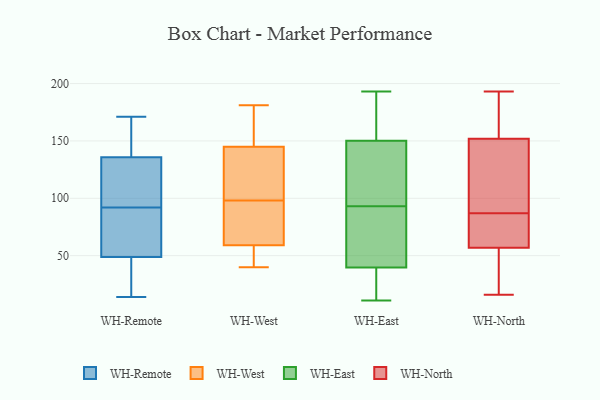
{"axis": {"x": "Headcount", "y": "Value"}, "legend": ["WH-East", "WH-North", "WH-Remote", "WH-West"], "data": [{"x": "", "y": 28, "type": "WH-Remote"}, {"x": "", "y": 146, "type": "WH-Remote"}, {"x": "", "y": 48, "type": "WH-Remote"}, {"x": "", "y": 139, "type": "WH-Remote"}, {"x": "", "y": 101, "type": "WH-Remote"}, {"x": "", "y": 64, "type": "WH-Remote"}, {"x": "", "y": 149, "type": "WH-Remote"}, {"x": "", "y": 86, "type": "WH-Remote"}, {"x": "", "y": 30, "type": "WH-Remote"}, {"x": "", "y": 43, "type": "WH-Remote"}, {"x": "", "y": 92, "type": "WH-Remote"}, {"x": "", "y": 96, "type": "WH-Remote"}, {"x": "", "y": 51, "type": "WH-Remote"}, {"x": "", "y": 137, "type": "WH-Remote"}, {"x": "", "y": 132, "type": "WH-Remote"}, {"x": "", "y": 95, "type": "WH-Remote"}, {"x": "", "y": 171, "type": "WH-Remote"}, {"x": "", "y": 14, "type": "WH-Remote"}, {"x": "", "y": 53, "type": "WH-Remote"}, {"x": "", "y": 89, "type": "WH-West"}, {"x": "", "y": 97, "type": "WH-West"}, {"x": "", "y": 181, "type": "WH-West"}, {"x": "", "y": 145, "type": "WH-West"}, {"x": "", "y": 59, "type": "WH-West"}, {"x": "", "y": 40, "type": "WH-West"}, {"x": "", "y": 100, "type": "WH-West"}, {"x": "", "y": 59, "type": "WH-West"}, {"x": "", "y": 99, "type": "WH-West"}, {"x": "", "y": 165, "type": "WH-West"}, {"x": "", "y": 35, "type": "WH-East"}, {"x": "", "y": 93, "type": "WH-East"}, {"x": "", "y": 11, "type": "WH-East"}, {"x": "", "y": 54, "type": "WH-East"}, {"x": "", "y": 172, "type": "WH-East"}, {"x": "", "y": 93, "type": "WH-East"}, {"x": "", "y": 193, "type": "WH-East"}, {"x": "", "y": 139, "type": "WH-East"}, {"x": "", "y": 15, "type": "WH-East"}, {"x": "", "y": 154, "type": "WH-East"}, {"x": "", "y": 81, "type": "WH-East"}, {"x": "", "y": 152, "type": "WH-North"}, {"x": "", "y": 97, "type": "WH-North"}, {"x": "", "y": 119, "type": "WH-North"}, {"x": "", "y": 51, "type": "WH-North"}, {"x": "", "y": 65, "type": "WH-North"}, {"x": "", "y": 99, "type": "WH-North"}, {"x": "", "y": 36, "type": "WH-North"}, {"x": "", "y": 152, "type": "WH-North"}, {"x": "", "y": 16, "type": "WH-North"}, {"x": "", "y": 174, "type": "WH-North"}, {"x": "", "y": 193, "type": "WH-North"}, {"x": "", "y": 76, "type": "WH-North"}, {"x": "", "y": 57, "type": "WH-North"}, {"x": "", "y": 64, "type": "WH-North"}, {"x": "", "y": 113, "type": "WH-North"}, {"x": "", "y": 77, "type": "WH-North"}, {"x": "", "y": 36, "type": "WH-North"}, {"x": "", "y": 185, "type": "WH-North"}]}